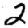
Digit: 2